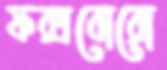
ফক্সবোরো